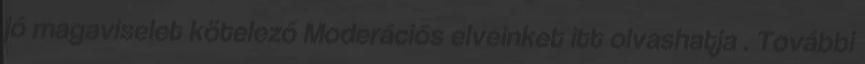
jó magaviselet kötelező Moderációs elveinket itt olvashatja . További